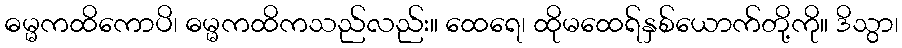
ဓမ္မကထိကောပိ၊ ဓမ္မကထိကသည်လည်း။ ထေရေ၊ ထိုမထေရ်နှစ်ယောက်တို့ကို။ ဒိသွာ၊